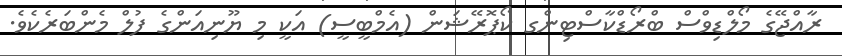
ރާއްޖޭގެ މޯލްޑިވްސްް ބްރޯޑްކާސްޓިންގ ކޯޕޮރޭޝަން (އެމްބީސީ) އަކީ މި ޔޫނިއަންގެ ފުލް މެންބަރެކެވެ.